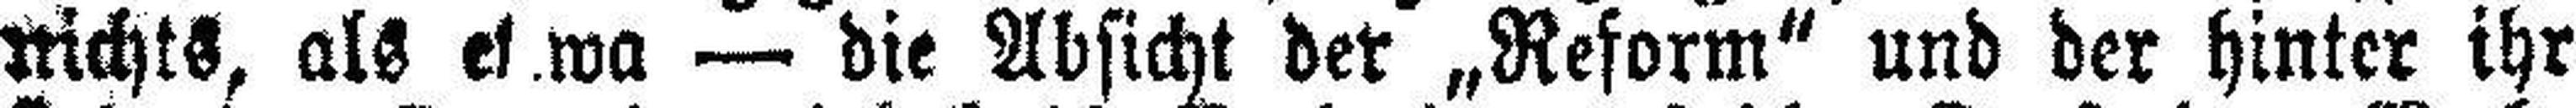
nichts, als etwa — die Absicht der „Reform“ und der hinter ihr